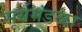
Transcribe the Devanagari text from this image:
सूर्यमंडळा